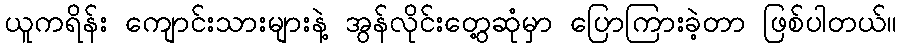
ယူကရိန်း ကျောင်းသားများနဲ့ အွန်လိုင်းတွေ့ဆုံမှာ ပြောကြားခဲ့တာ ဖြစ်ပါတယ်။